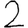
Digit: 2